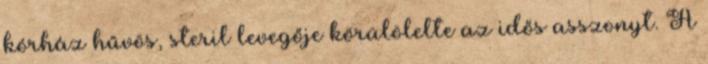
kórház hűvös, steril levegője körülölelte az idős asszonyt. A